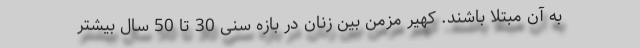
به آن مبتلا باشند. کهیر مزمن بین زنان در بازه سنی 30 تا 50 سال بیشتر